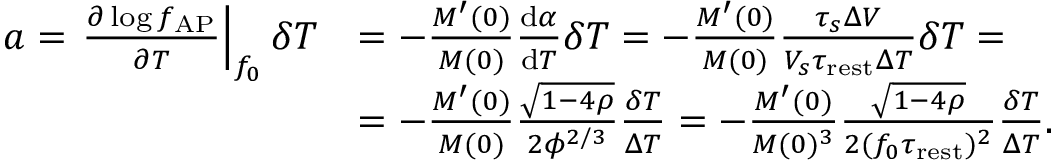
\begin{array} { r l } { a = \left. \frac { \partial \log f _ { \mathrm { A P } } } { \partial T } \right| _ { f _ { 0 } } \delta T } & { = - \frac { M ^ { \prime } ( 0 ) } { M ( 0 ) } \frac { \mathrm { d } \alpha } { \mathrm { d } T } \delta T = - \frac { M ^ { \prime } ( 0 ) } { M ( 0 ) } \frac { \tau _ { s } \Delta V } { V _ { s } \tau _ { \mathrm { r e s t } } \Delta T } \delta T = } \\ & { = - \frac { M ^ { \prime } ( 0 ) } { M ( 0 ) } \frac { \sqrt { 1 - 4 \rho } } { 2 \phi ^ { 2 / 3 } } \frac { \delta T } { \Delta T } = - \frac { M ^ { \prime } ( 0 ) } { M ( 0 ) ^ { 3 } } \frac { \sqrt { 1 - 4 \rho } } { 2 ( f _ { 0 } \tau _ { \mathrm { r e s t } } ) ^ { 2 } } \frac { \delta T } { \Delta T } . } \end{array}